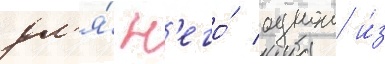
дл'я́ н'его́ однои и́з